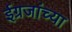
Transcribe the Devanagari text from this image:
ईग्रजांच्या